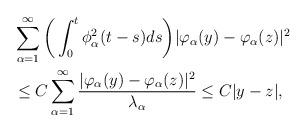
LaTeX: \begin{align*}&\sum_{\alpha=1}^\infty \bigg( \int_0^t \phi_\alpha^2(t-s)ds \bigg)|\varphi_\alpha(y)-\varphi_\alpha(z)|^2 \\&\le C \sum_{\alpha=1}^\infty \frac{|\varphi_\alpha(y)-\varphi_\alpha(z)|^2}{\lambda_\alpha}\le C |y-z|, \end{align*}